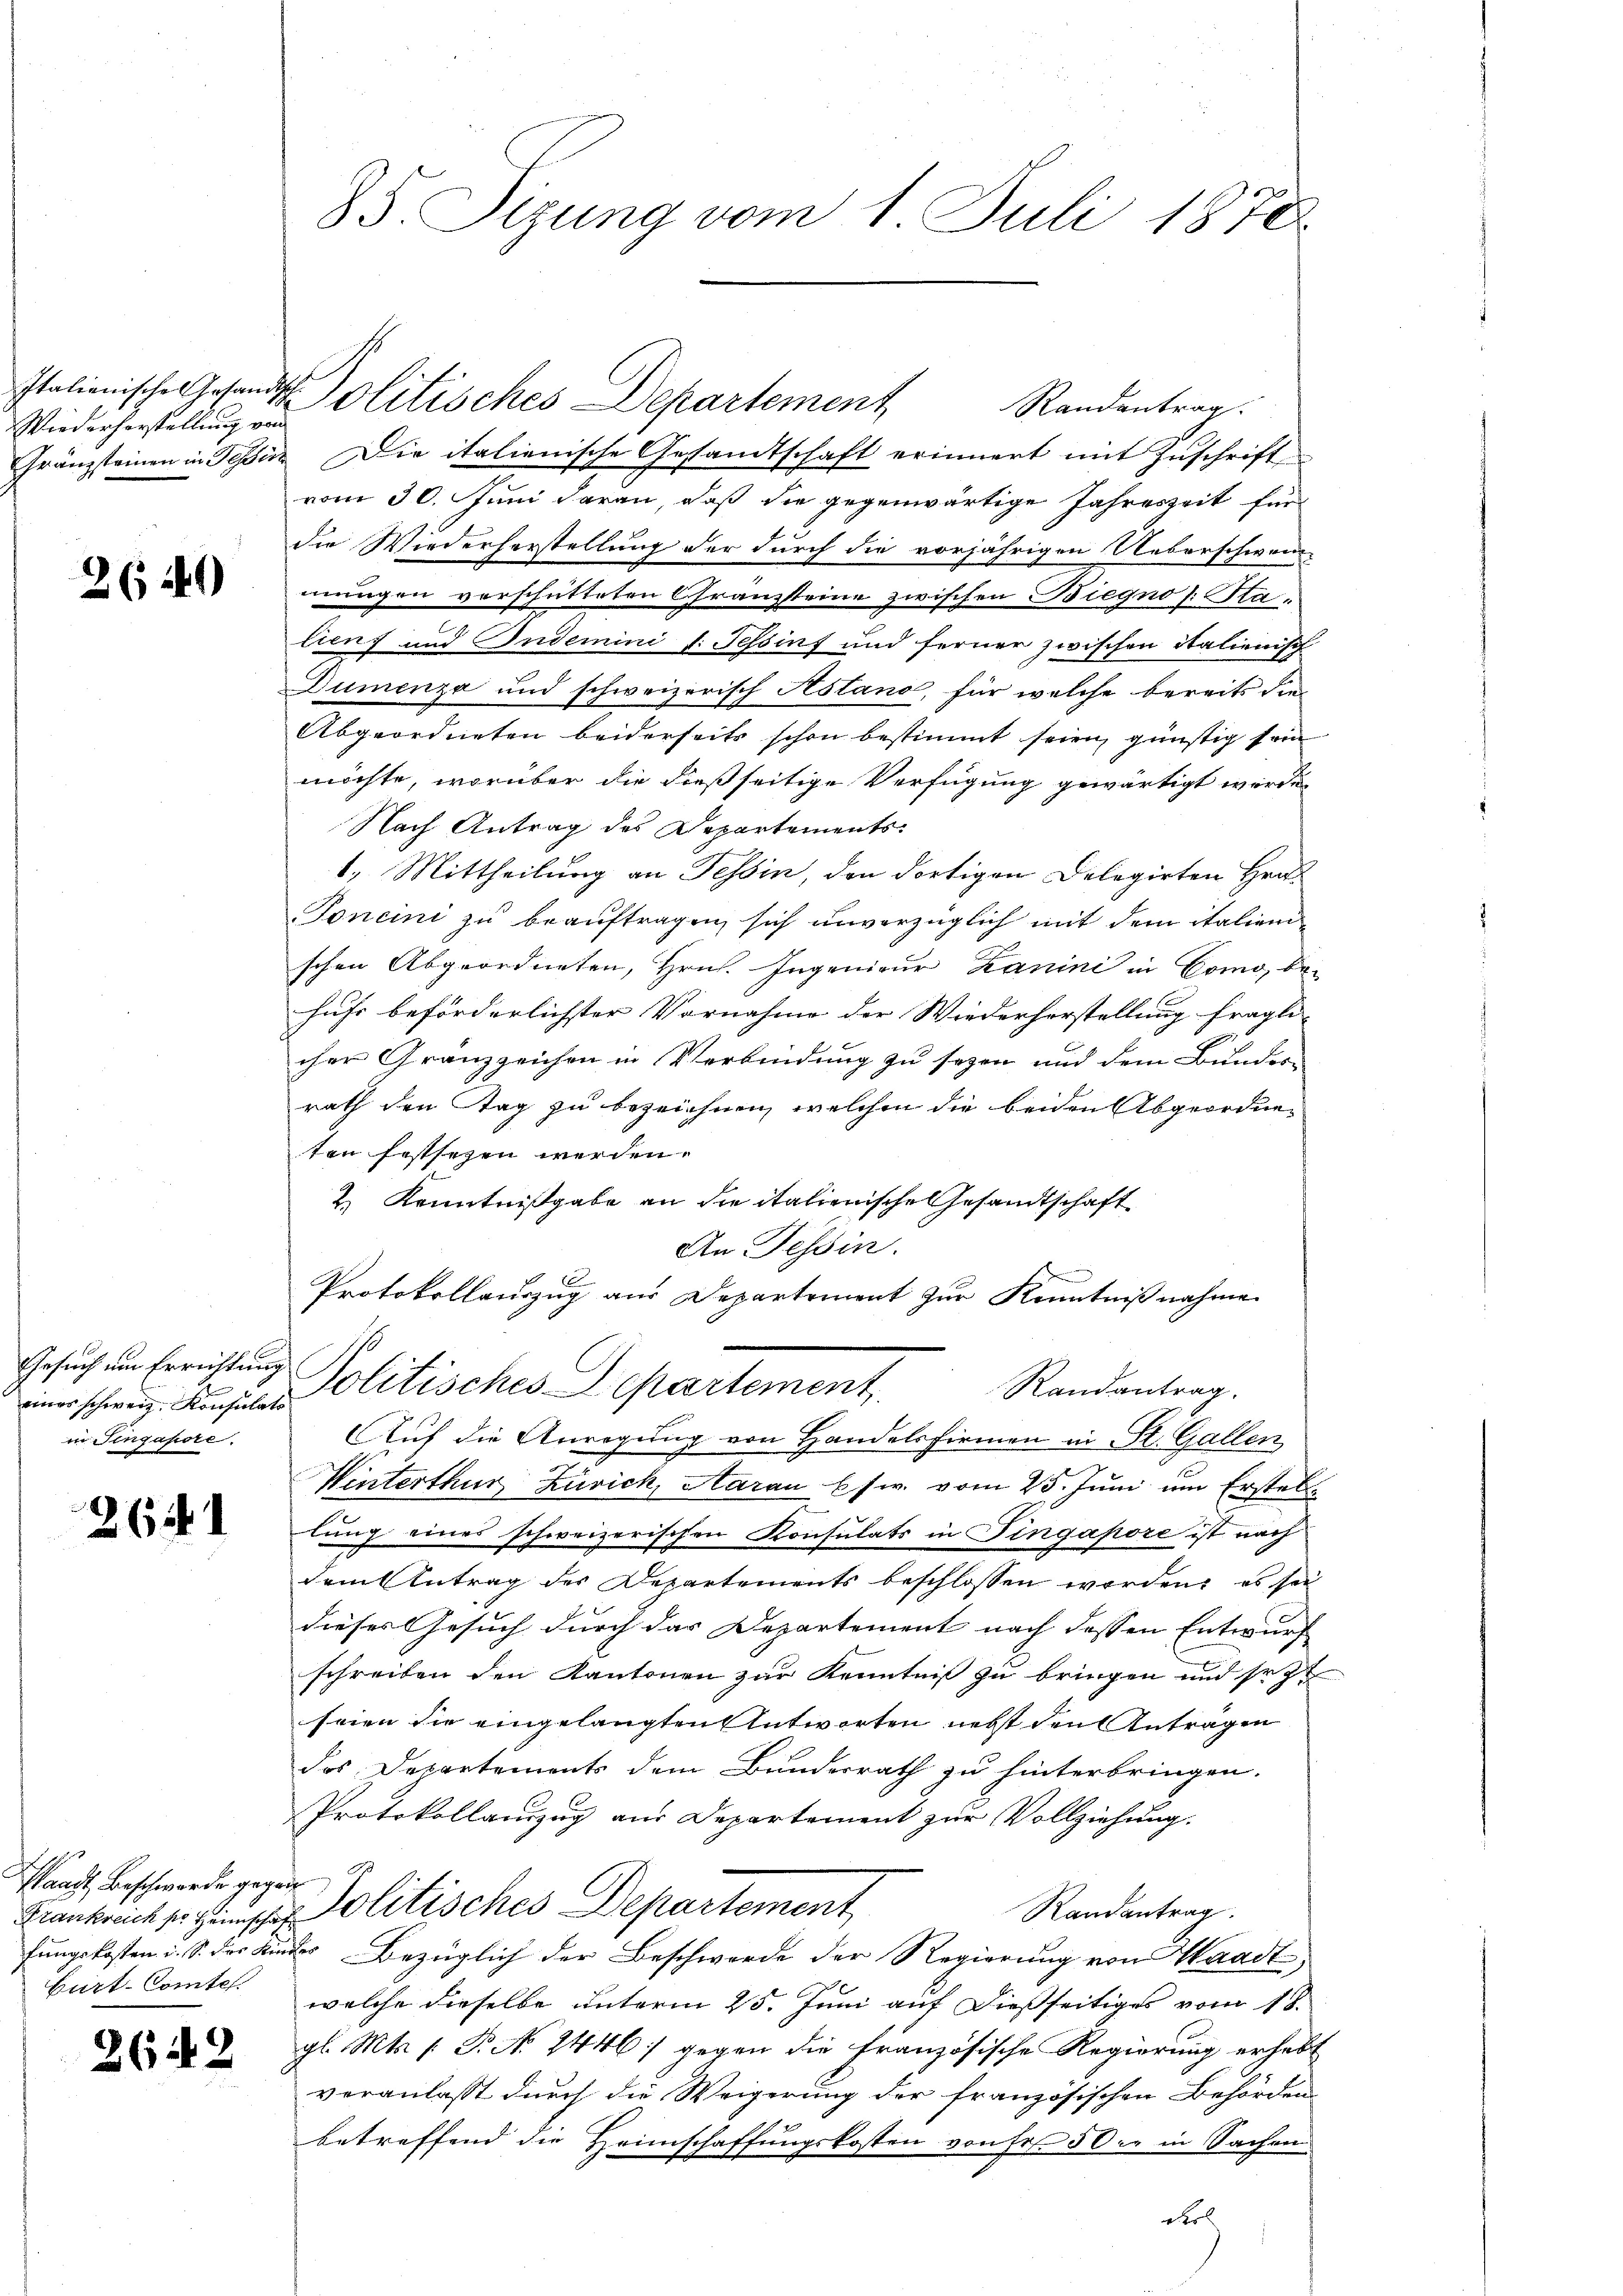
Wiederhorstellung von
Gränzsteinen in Tessio

26 240

einer schweiz. Konsulats
in Singapore.

261

Pänzt, Beschwerde gegen.
Burt-Comtes

2642

85. Sizung vom 1. Juli 1878

. Die italienische Gestandtschaft erinnert mit Zuschrift
vom 30. Juni daran, daß die gegenwärtige Jahreszeit für
die Wiederhorstellung der durch die vorjährigen Ueberschwen
mungen vorschütteten Chranzsteine zwischen Biegno (Statiens und Indemini d. Tessinf und ferner zwischen italienisch
Dumenza und schweizerisch Astano, für welche bereits die
Abgeordneten beiderseits schon bestimmt seien günstig sein
möchte, worüber die dießseitige Verfügung gewärtigt werde,
Nach Antrag des Departements¬
1.) Mittheilung an Tessin, den dortigen Delegirten Hrn.
Foncini zu beauftragen, sich unverzüglich mit dem italienschen Abgeordneten, Hrn. Ingenieur Kanini in Como, be-
hufs beförderlichster Vornahme der Wiederherstellung fragli-
cher Gränzzeichen in Verbindung zu sezen und dem Bundes-
rath den Tag zu bezeichnen, welchen die beiden Abgeordneten festsezen werden.
2. Kenntnißgabe an die italienische Gesandtschaft
An Tessin.
Protokollauszug aus Departement zŭr Kenntniβnahme
Gesuch im Errichtung Politisches Departement
Randantrag.
Auf die Anregung von Handelsfirmen in St. Gallen
Winterthur Zürich, Aarau usw. vom 25. Juni um Erstellung eines schweizerischen Konsulats in Pingapore ist nach
dem Antrag des Departements beschlossen worden, es sei
dieses Gesuch durch das Departement nach dessen Entwurf
schreiben den Kantonen zur Kenntniß zu bringen und sezt
seien die eingelangten Antworten nebst den Antragen
das Departements dem Bunderrath zu hinterbringen.
Protokollanzug aus Departement zur Vollziehung.
Frankreich zur Heimsche Politisches Departement
Randantrag.
fungskosten i. S. des Kindes Bezüglich der Beschwerde der Regierung von Waadt,
welche dieselbe unterm 25. Juni auf dießseitiges vom 18.
gl. Mts. 1. P. Nr. 2446) gegen die Französische Regierung erhebt
veranlasst durch die Weigerung der französischen Behörden
betreffend die Heimschaffungskosten von Fr. 50 xr in Sachen
Rol

Italienischen Gesandt Politisches Departement

Randantrag.